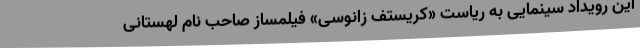
این رویداد سینمایی به ریاست «کریستف زانوسی» فیلمساز صاحب نام لهستانی